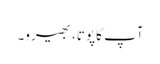
آپ کا پوتا، بھیرو۔